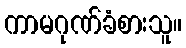
ကာမဂုဏ်ခံစားသူ။